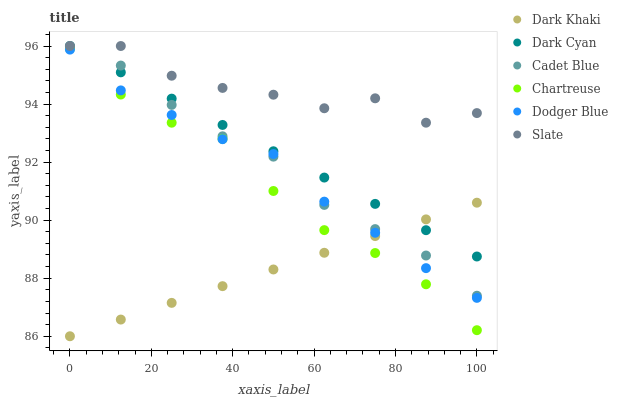
| xaxis_label | Dark Khaki | Dark Cyan | Cadet Blue | Chartreuse | Dodger Blue | Slate |
 | --- | --- | --- | --- | --- | --- | --- |
 | 0 | 86 | 96 | 96 | 95.9 | 95.9 | 96 |
 | 12.5 | 86.6 | 95.1 | 95.3 | 94.3 | 94.5 | 96 |
 | 25 | 87.2 | 94.2 | 94 | 93.4 | 93.6 | 95 |
 | 37.5 | 87.7 | 93.3 | 92.9 | 92.8 | 92.8 | 94.6 |
 | 50 | 88.3 | 92.4 | 92.2 | 91 | 92.3 | 94.3 |
 | 62.5 | 88.9 | 91.5 | 90.5 | 89.7 | 90.6 | 93.9 |
 | 75 | 89.5 | 90.6 | 89.7 | 88.9 | 89.6 | 94.2 |
 | 87.5 | 90 | 89.7 | 88.8 | 87.8 | 88.3 | 93.4 |
 | 100 | 90.6 | 88.7 | 87.4 | 86.2 | 87.3 | 93.7 |